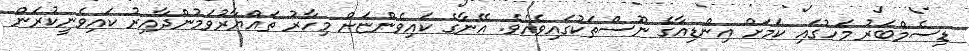
ޑިސެމްބަރު މަހުގައި ކަމަށް އިންޑިއާގެ ނޫސްތަކުގައިވެއެވެ. އޭނާގެ ކައިވެންޏަށް މިހާރު ތައްޔާރުވަމުންދާއިރު ކައިވެނީކުރަން